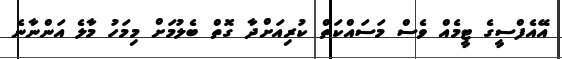
އޭއެފްސީގެ ޓީމެއް ވެސް މަސައްކަތް ކުރިއަށްދާ ގޮތް ބެލުމަށް މިމަހު މާލެ އަންނާނެ